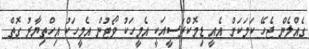
ގެއްލެން ޖެހޭ ކަމަކަށް އެއީ ޑިމޮކްރަސީއަކީ އެމީހަކު ވޯޓުން އެމީހަކު އިހްތިޔާރު ގޮތް